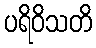
ပရိဝိသတိ